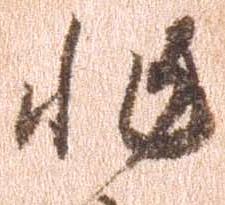
非